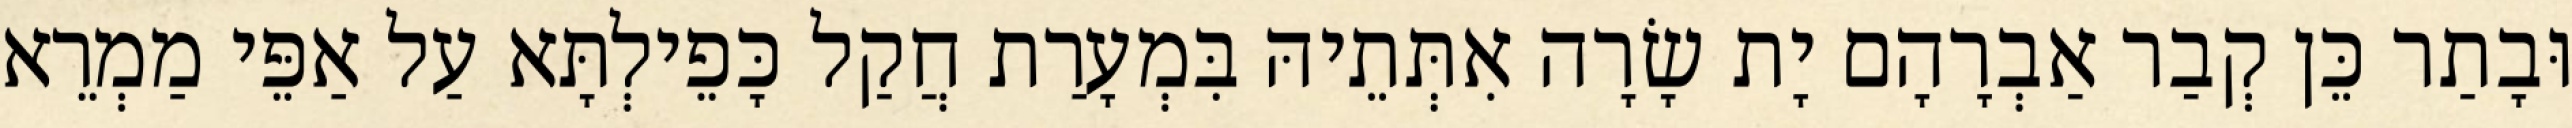
וּבָתַר כֵּן קְבַר אַבְרָהָם יָת שָׂרָה אִתְּתֵיהּ בִּמְעָרַת חֲקַל כָּפֵילְתָּא עַל אַפֵּי מַמְרֵא